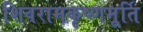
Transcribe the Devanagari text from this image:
शिवरामकृष्णमूर्ति